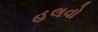
હલવો